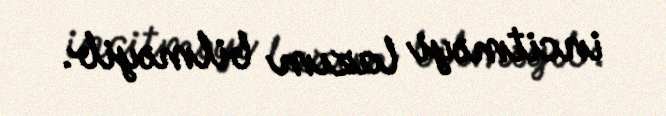
incitməyi lazım bilməyib.